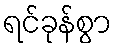
ရင်ခုန်စွာ